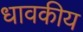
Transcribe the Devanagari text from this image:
धावकीय